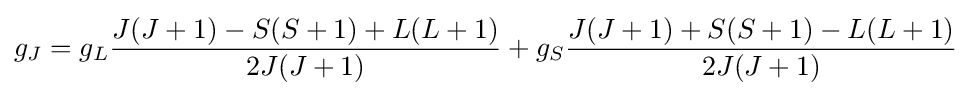
g_{J}=g_{L}{\frac {J(J+1)-S(S+1)+L(L+1)}{2J(J+1)}}+g_{S}{\frac {J(J+1)+S(S+1)-L(L+1)}{2J(J+1)}}